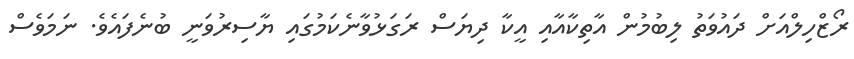
ރޯޒްހިލްއަށް ދައުވަތު ލިބުމުން އާތިކާއާއި އީކާ ދިޔަސް ރަގަޅުވާނެކަމުގައި ޔާސިރުވަނީ ބުނެފައެވެ. ނަމަވެސް